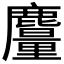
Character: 𪋥